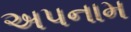
અપનામ